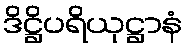
ဒိဋ္ဌိပရိယုဋ္ဌာနံ